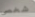
شخصى